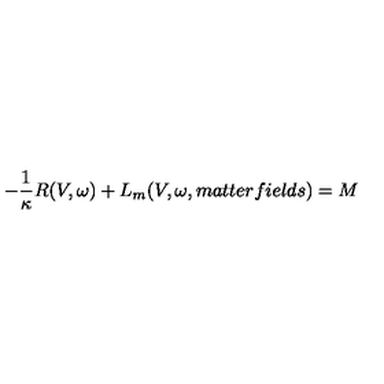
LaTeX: - \frac { 1 } { \kappa } R ( V , \omega ) + L _ { m } ( V , \omega , m a t t e r f i e l d s ) = M